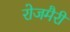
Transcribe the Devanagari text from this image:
रोजमैरी